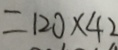
= 1 2 0 \times 4 2